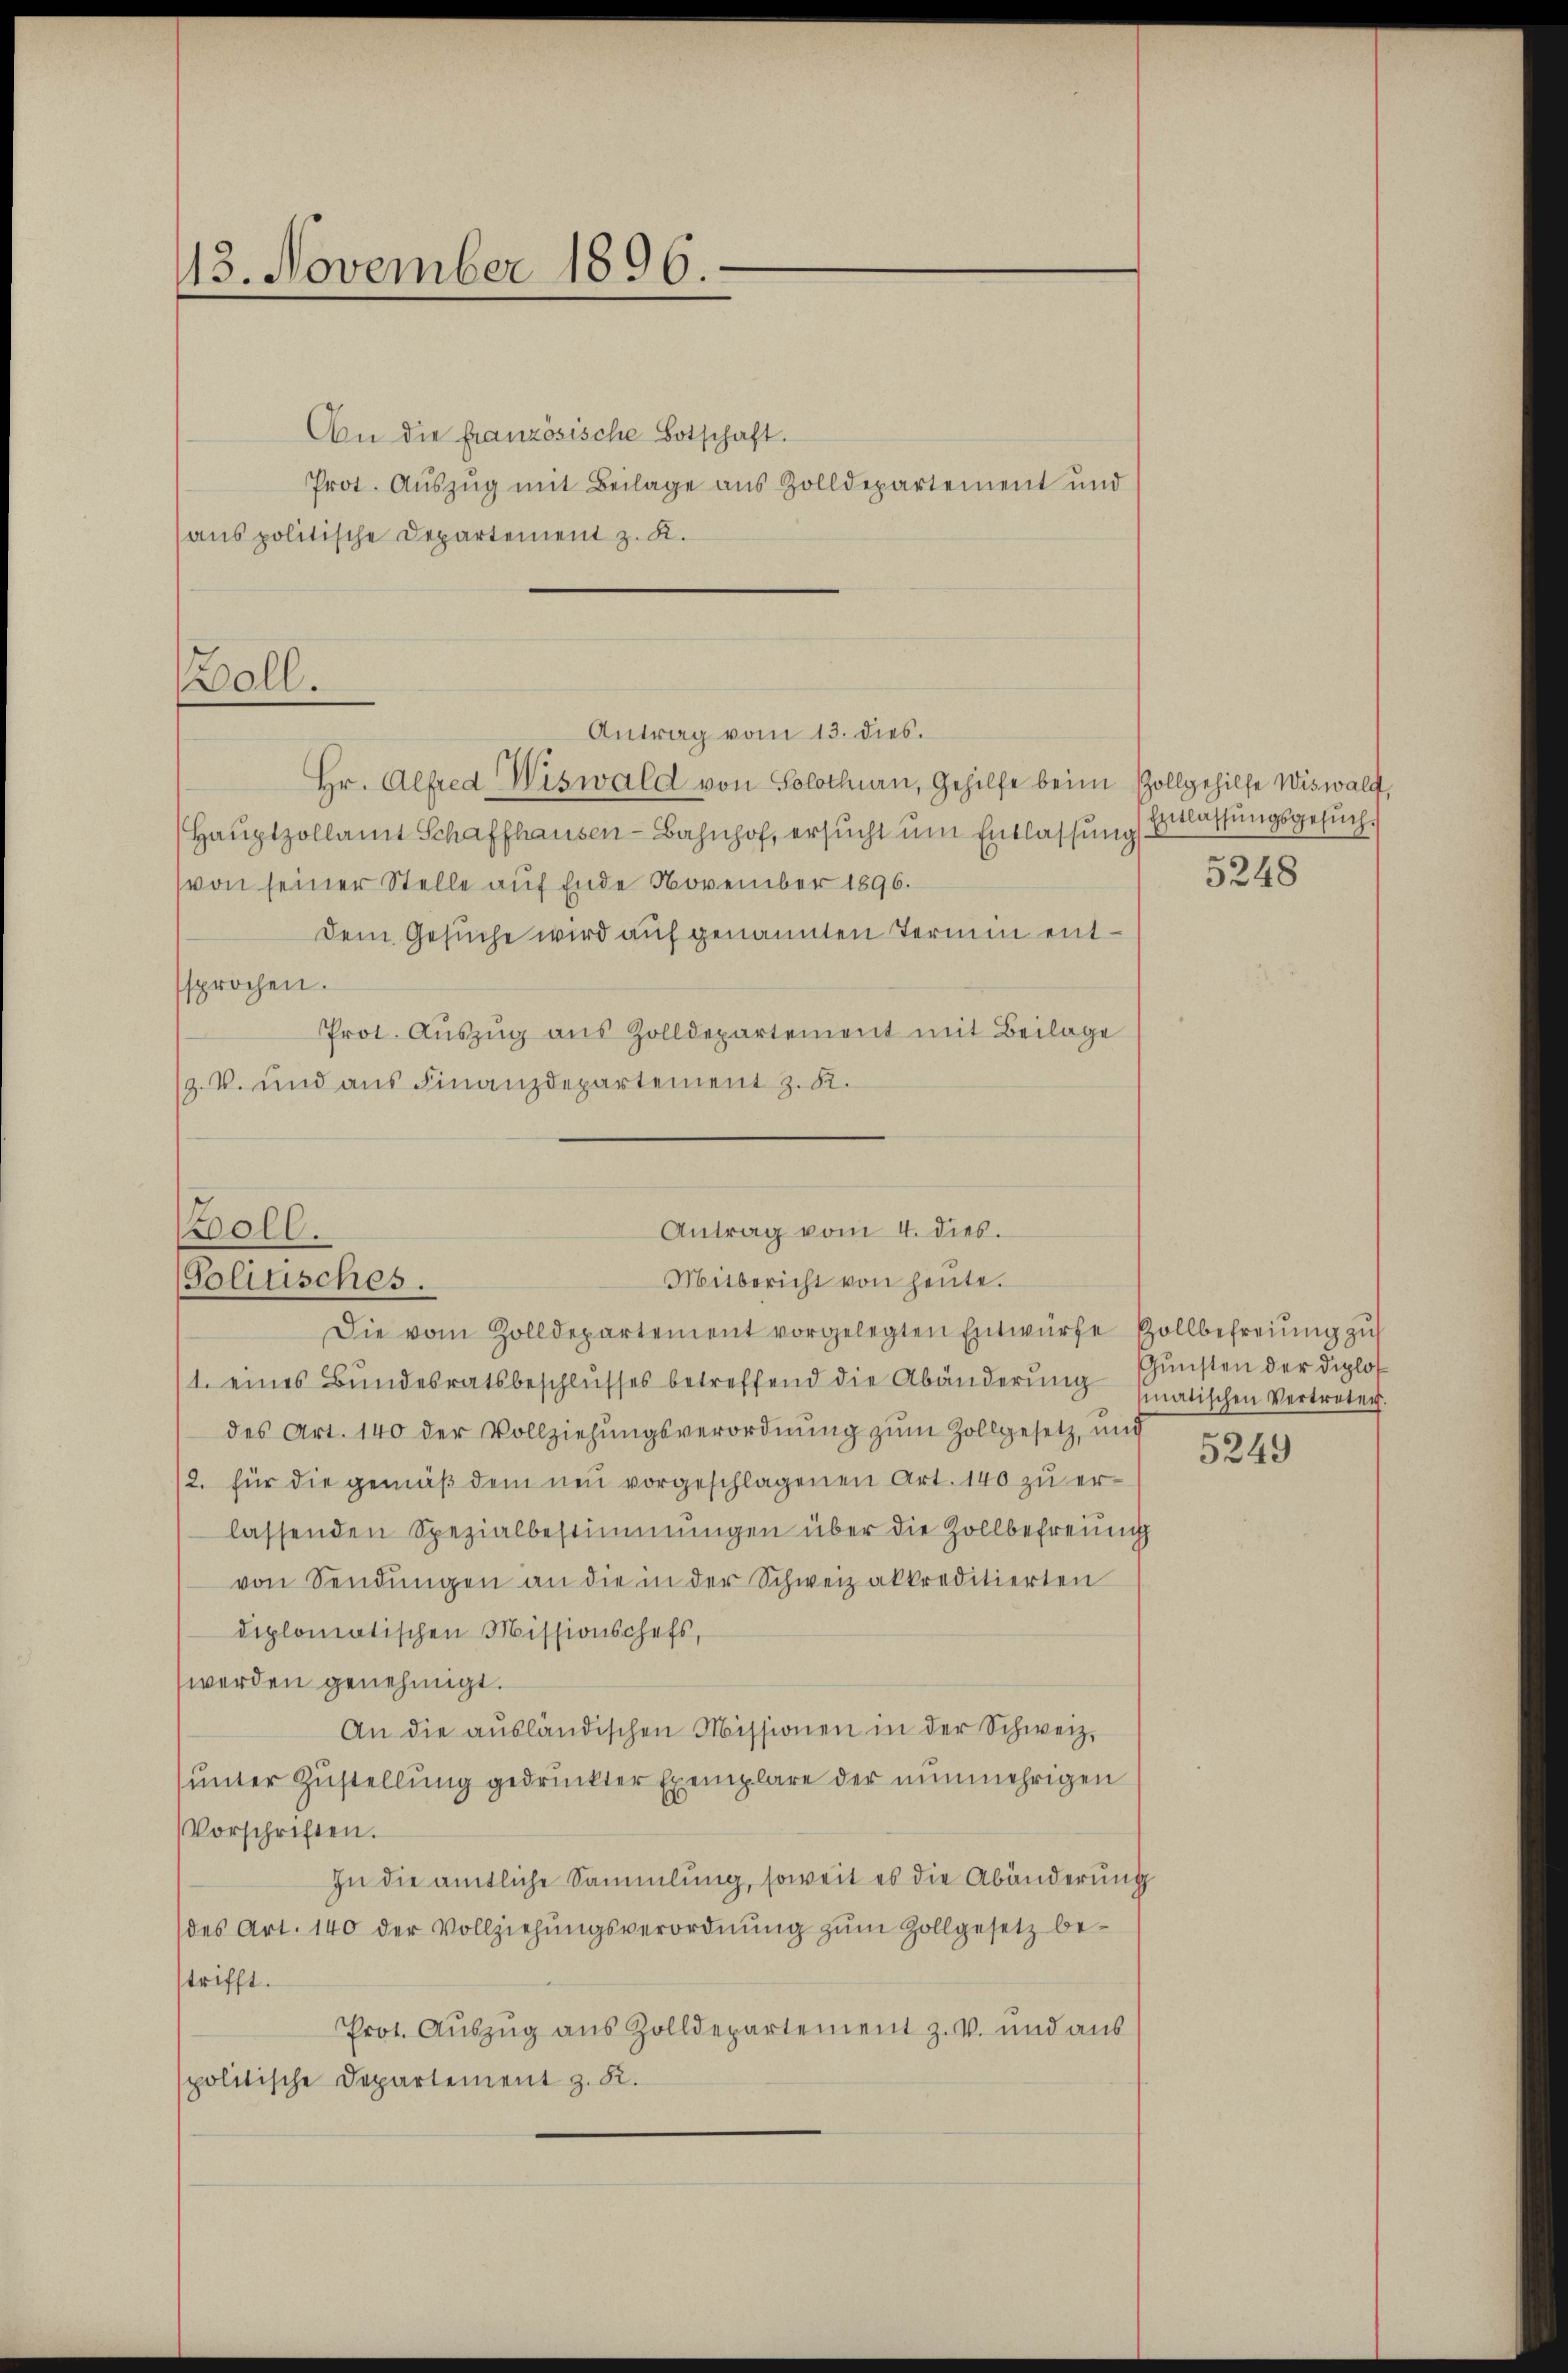
13. November 1896.

An die französische Botschaft.
(aus politische Departement z. K.

oll.

Prot. Aŭszŭg mit Beilage aus Zolldepartement und

Antrag vom 13. dies.
Hr. Alfred Wiswald von Solothurn, Gehilfe beim Zollgehilfe Wiswald,
Haŭptzollamt Schaffhausen-Bahnhof, ersucht um Entlassung
(von seiner Stelle auf Ende November 1896.
dem Gesuche wird auf genannten Termin entsprochen.
Prot. Aŭszŭg aŭs Zolldepartement mit Beilage
(z. B. und aus Finanzdepartement z. B.

Antrag vom 4. dies.
oll.
Mitbericht von heute.
Politisches.

Die vom Zolldepartement vorgelegten Entwürfe Pollbefreiung zŭ
1. eines Bundesratsbeschlusses betreffend die Abänderung sunsten der Diplos
des Art. 140 der Vollziehŭngsverordnŭng zŭm Zollgesetz, und
2. für die gemäβ dem neu vorgeschlagenen Art. 140 zu erlassenden Spezialbestimmungen über die Zollbefreung
von Sendŭngen an die in der Schweiz akkreditierten
diplomatischen Missionschefs,
werden genehmigt.
An die aŭsländischen Missionen in der Schweiz.
unter Zustellung gedruckter Exemplare der nunmehrigen
Vorschriften.
In die amtliche Sammlung, soweit es die Abänderung
des Art. 140 der Vollziehŭngsverordnŭng zŭm Zollgesetz be-
strifft.
Prot. Auszug aus Zolldepartement z. v. und aus
politische Departement z. R.

Entlassungsgesŭch.

5248

matischen Vertreten.

5249